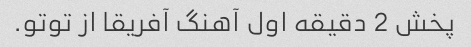
پخش 2 دقیقه اول آهنگ آفریقا از توتو.